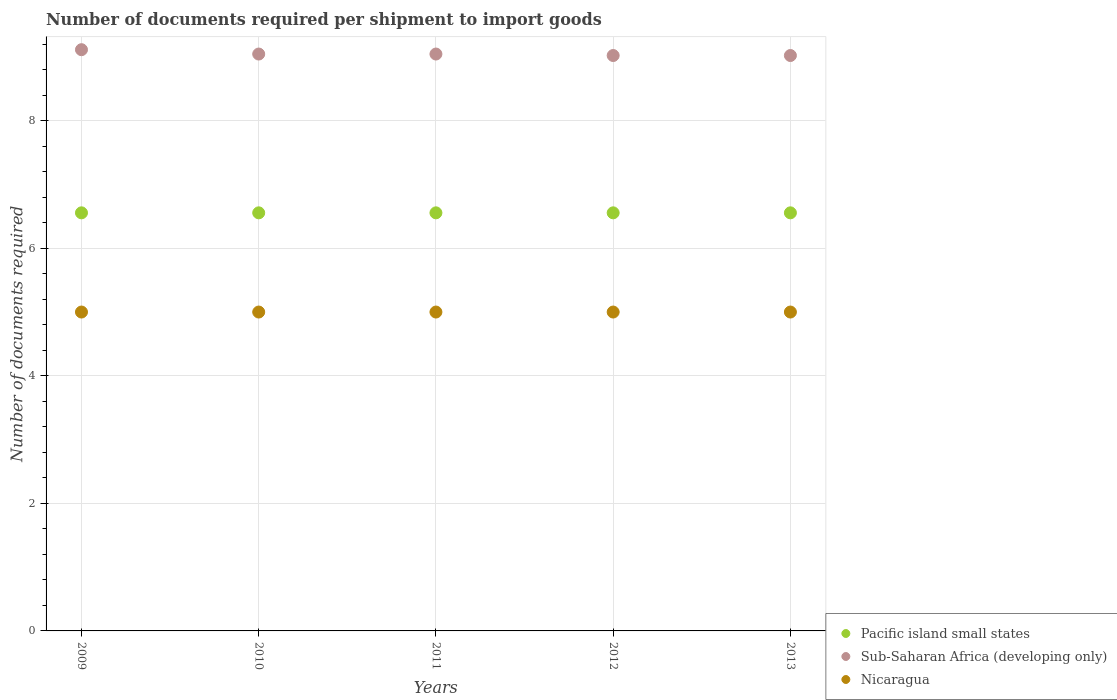
| Years | Pacific island small states | Sub-Saharan Africa (developing only) | Nicaragua |
 | --- | --- | --- | --- |
 | 2009 | 6.56 | 9.11 | 5 |
 | 2010 | 6.56 | 9.05 | 5 |
 | 2011 | 6.56 | 9.05 | 5 |
 | 2012 | 6.56 | 9.02 | 5 |
 | 2013 | 6.56 | 9.02 | 5 |